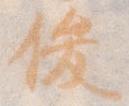
俊